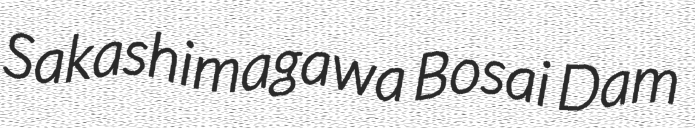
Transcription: Sakashimagawa Bosai Dam